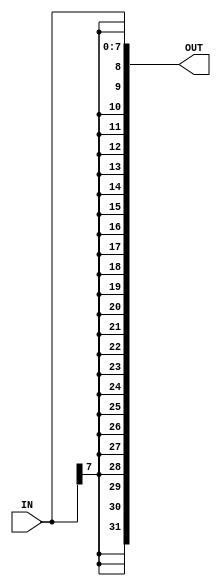
//lab 06 part 01 - Group 13

module sign_extend(IN,OUT);
    //declaring ports
    input [7:0] IN;
    output reg [31:0] OUT;

    //always block to offset
    always @(IN) begin
        OUT={{24{IN[7]}},IN};
    end
endmodule

module shift(OFFSET,SHIFTED_OFFSET);
    //declaring ports 
    input [31:0]   OFFSET;
    output reg [31:0]   SHIFTED_OFFSET;

    //always block
    always @(OFFSET) begin
        SHIFTED_OFFSET=OFFSET<<2;
    end
endmodule